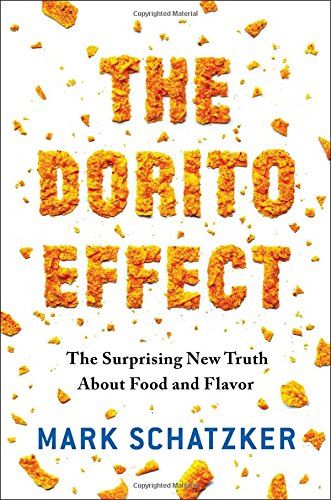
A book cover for The Dorito Effect: The Surprising New Truth About Food and Flavor; Mark Schatzker; Cookbooks, Food & Wine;